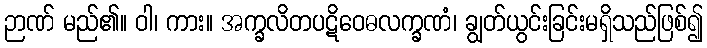
ဉာဏ် မည်၏။ ဝါ၊ ကား။ အက္ခလိတပဋိဝေဓလက္ခဏံ၊ ချွတ်ယွင်းခြင်းမရှိသည်ဖြစ်၍